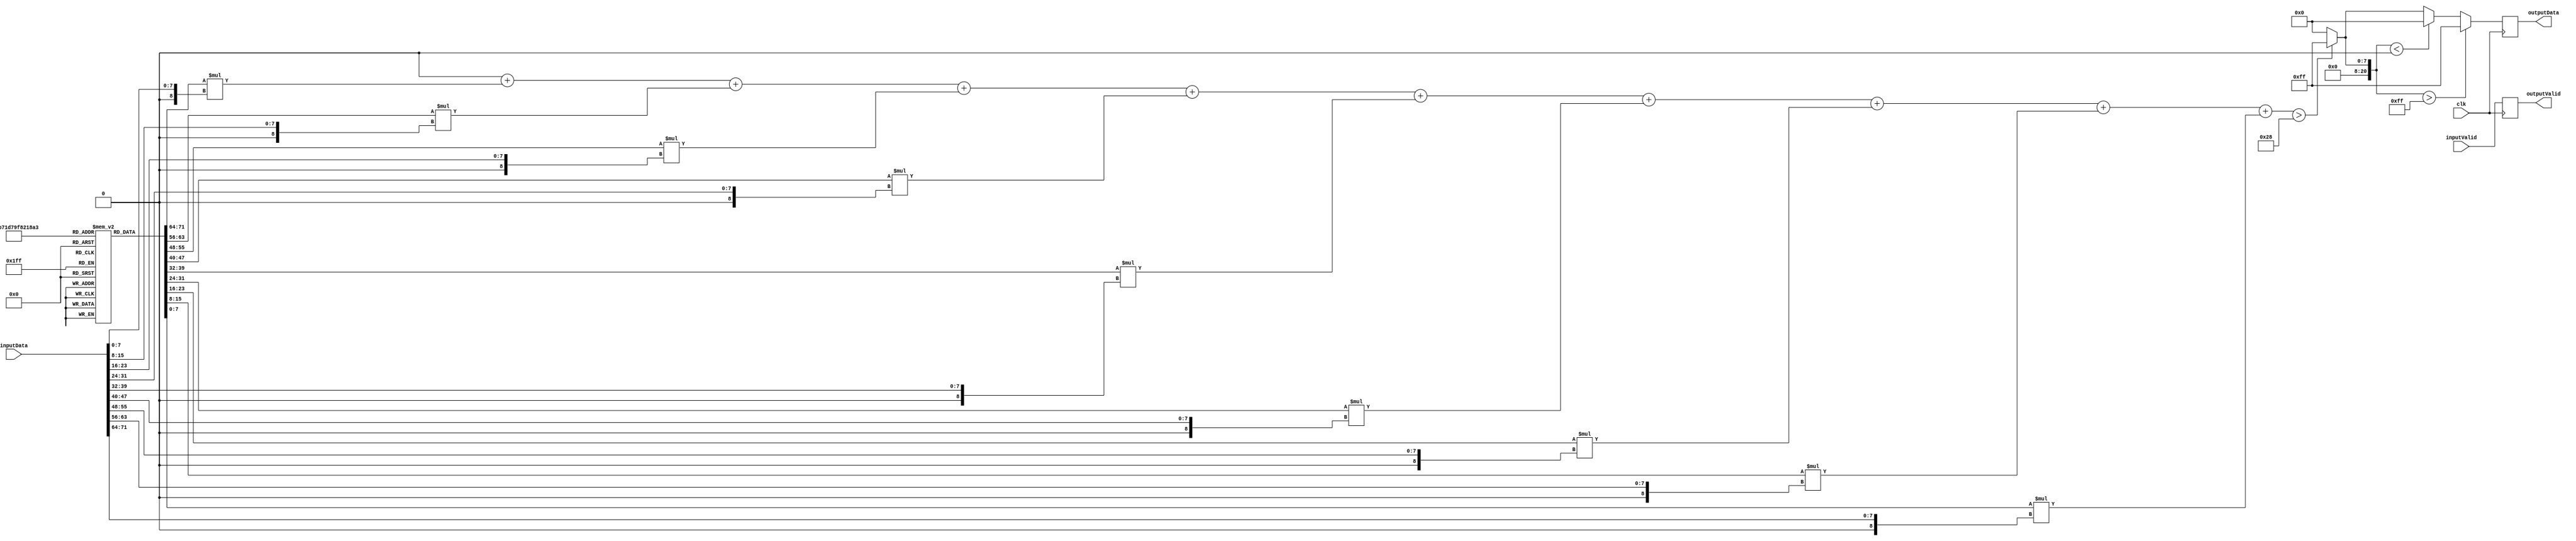
`timescale 1ns / 1ps

//FILTER_MODE: 0 None, 1 Blur, 2 Sharpen, 3 Edge Detection

module Filter
#(
parameter BRIGHTNESS = 0,
parameter FILTER_MODE = 3,
parameter THRESHOLD = 40
)
(
input clk,
input [71:0] inputData,
input inputValid,
output reg [7:0] outputData,
output reg outputValid
);
    
integer i; 
reg signed [7:0] kernel [0:3][8:0];
reg signed [20:0] mulData [8:0];
reg signed [20:0] sum;
reg mulDataValid;
reg sumValid;
reg signed [20:0] processedData;
reg processedValid;


initial begin
	kernel[0][0] = 0; kernel[1][0] = 1; kernel[2][0] = 0; kernel[3][0] = -1;
	kernel[0][1] = 0; kernel[1][1] = 1; kernel[2][1] = -1; kernel[3][1] = -1;
	kernel[0][2] = 0; kernel[1][2] = 1; kernel[2][2] = 0; kernel[3][2] = -1;
	kernel[0][3] = 0; kernel[1][3] = 1; kernel[2][3] = -1; kernel[3][3] = -1;
	kernel[0][4] = 1; kernel[1][4] = 1; kernel[2][4] = 5; kernel[3][4] = 8;
	kernel[0][5] = 0; kernel[1][5] = 1; kernel[2][5] = -1; kernel[3][5] = -1;
	kernel[0][6] = 0; kernel[1][6] = 1; kernel[2][6] = 0; kernel[3][6] = -1;
	kernel[0][7] = 0; kernel[1][7] = 1; kernel[2][7] = -1; kernel[3][7] = -1;
	kernel[0][8] = 0; kernel[1][8] = 1; kernel[2][8] = 0; kernel[3][8] = -1;
end    

always @(*) begin
	sum = 0;
	for(i=0;i<9;i=i+1) begin
		sum = sum + kernel[FILTER_MODE][i]*$signed({1'b0,inputData[i*8+:8]});
	end
	if(FILTER_MODE == 1) //for blur
		processedData <= sum / 9 + BRIGHTNESS; 
	else if(FILTER_MODE == 3) begin//for Edge Detection
		if(sum > THRESHOLD)
			processedData <= 255;
		else
			processedData <= 0;
	end
	else
		processedData <= sum + BRIGHTNESS;
	processedValid <= inputValid;
end

always @(posedge clk)
begin
	if(processedData > 255)
		outputData <= 255;
	else if(processedData < 0)
		outputData <= 0;
	else
		outputData <= processedData;
	outputValid <= processedValid;
end
    
endmodule